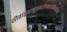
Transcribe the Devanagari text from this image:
सीताहृदम्बुरुहरोचनरश्मिमालिन्